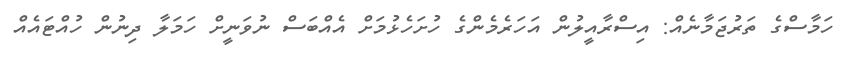
ހަމާސްގެ ތަރުޖަމާނެއް: އިސްރާއީލުން އަހަރެމެންގެ ހުށަހެޅުމަށް އެއްބަސް ނުވަނީށް ހަމަލާ ދިނުން ހުއްޓައެއް